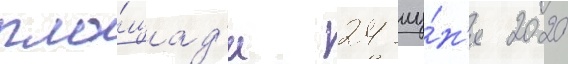
пло́щад'и 24 иу́н'я 2020